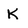
Character: K